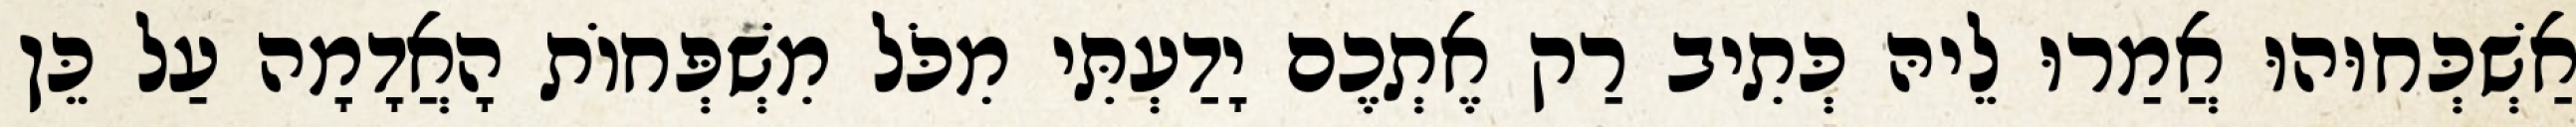
אַשְׁכְּחוּהוּ אֲמַרוּ לֵיהּ כְּתִיב רַק אֶתְכֶם יָדַעְתִּי מִכֹּל מִשְׁפְּחוֹת הָאֲדָמָה עַל כֵּן